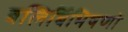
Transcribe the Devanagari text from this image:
बलिर्बिभिषणो